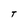
Character: T